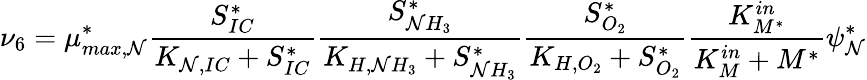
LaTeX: \nu_{6}=\mu_{max,\mathcal{N}}^{*}\frac{{S_{IC}^{*}}}{{K_{\mathcal{N},IC}+S_{IC}^{*}}}\frac{{S_{\mathcal{N}H_{3}}^{*}}}{{K_{H,\mathcal{N}H_{3}}+S_{\mathcal{N}H_{3}}^{*}}}\frac{{S_{O_{2}}^{*}}}{{K_{H,O_{2}}+S_{O_{2}}^{*}}}\frac{{K_{M^{*}}^{in}}}{{K_{M}^{in}+M^{*}}}\psi_{\mathcal{N}}^{*}